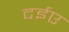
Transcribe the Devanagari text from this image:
दईए